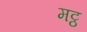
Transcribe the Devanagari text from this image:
मट्ठ